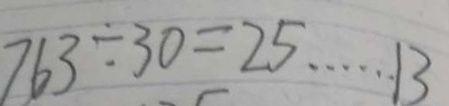
7 6 3 \div 3 0 = 2 5 \cdots 1 3